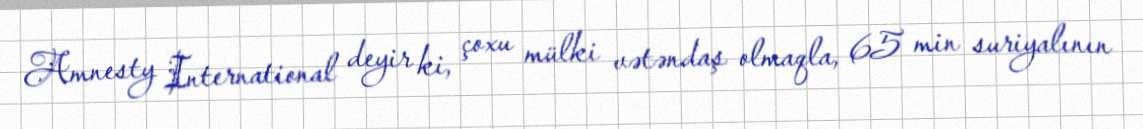
Amnesty International deyir ki, çoxu mülki vətəndaş olmaqla, 65 min suriyalının